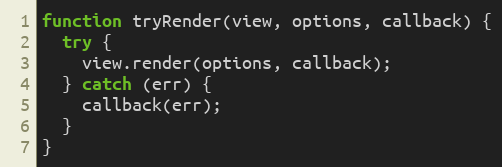
Language: JavaScript
function tryRender(view, options, callback) {
  try {
    view.render(options, callback);
  } catch (err) {
    callback(err);
  }
}